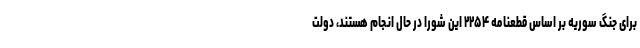
برای جنگ سوریه بر اساس قطعنامه ۲۲۵۴ این شورا در حال انجام هستند، دولت